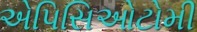
એપિસિઓટોમી